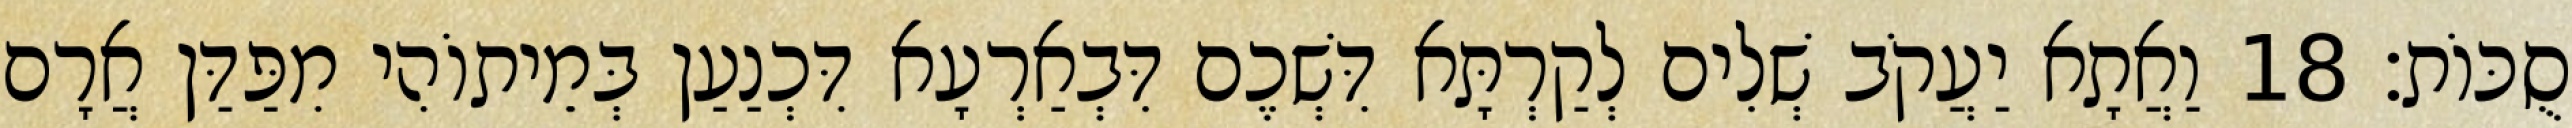
סֻכּוֹת׃ 18 וַאֲתָא יַעֲקֹב שְׁלִים לְקַרְתָּא דִּשְׁכֶם דִּבְאַרְעָא דִּכְנַעַן בְּמֵיתוֹהִי מִפַּדַּן אֲרָם